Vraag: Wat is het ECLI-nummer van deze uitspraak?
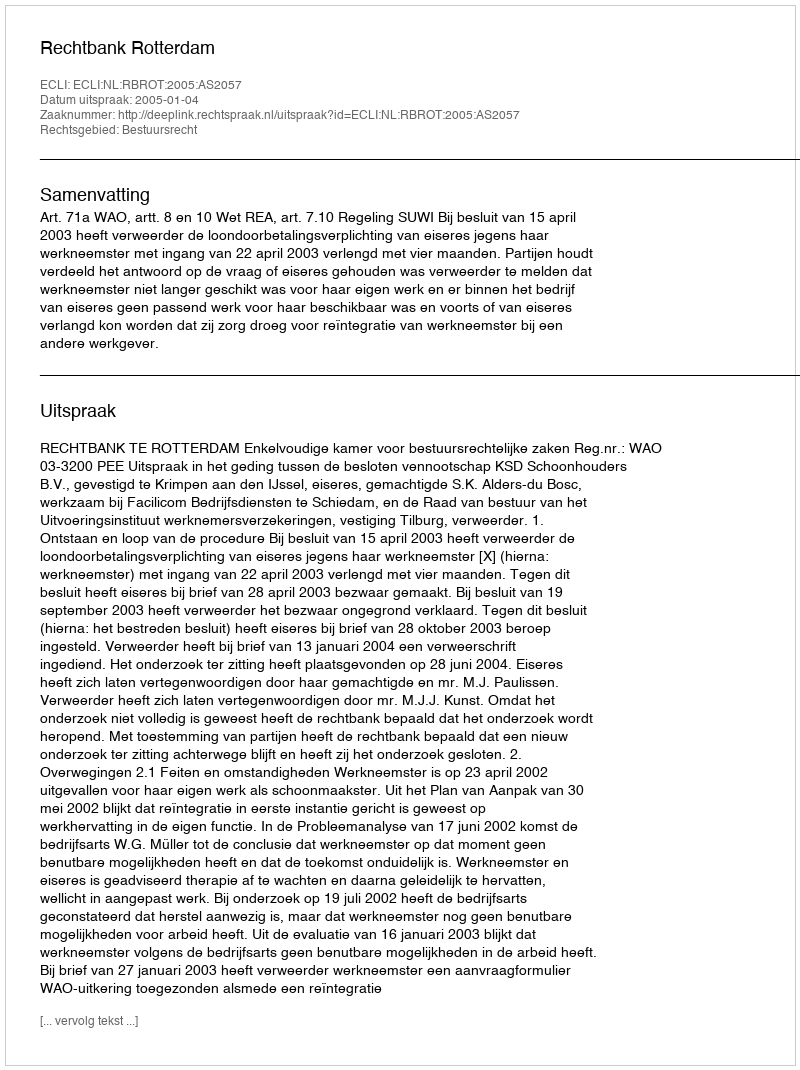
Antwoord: ECLI:NL:RBROT:2005:AS2057